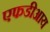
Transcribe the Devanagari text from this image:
एफडीआय